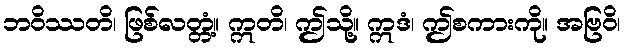
ဘဝိဿတိ၊ ဖြစ်လတ္တံ့။ ဣတိ၊ ဤသို့။ ဣဒံ၊ ဤစကားကို။ အဗြဝိ၊